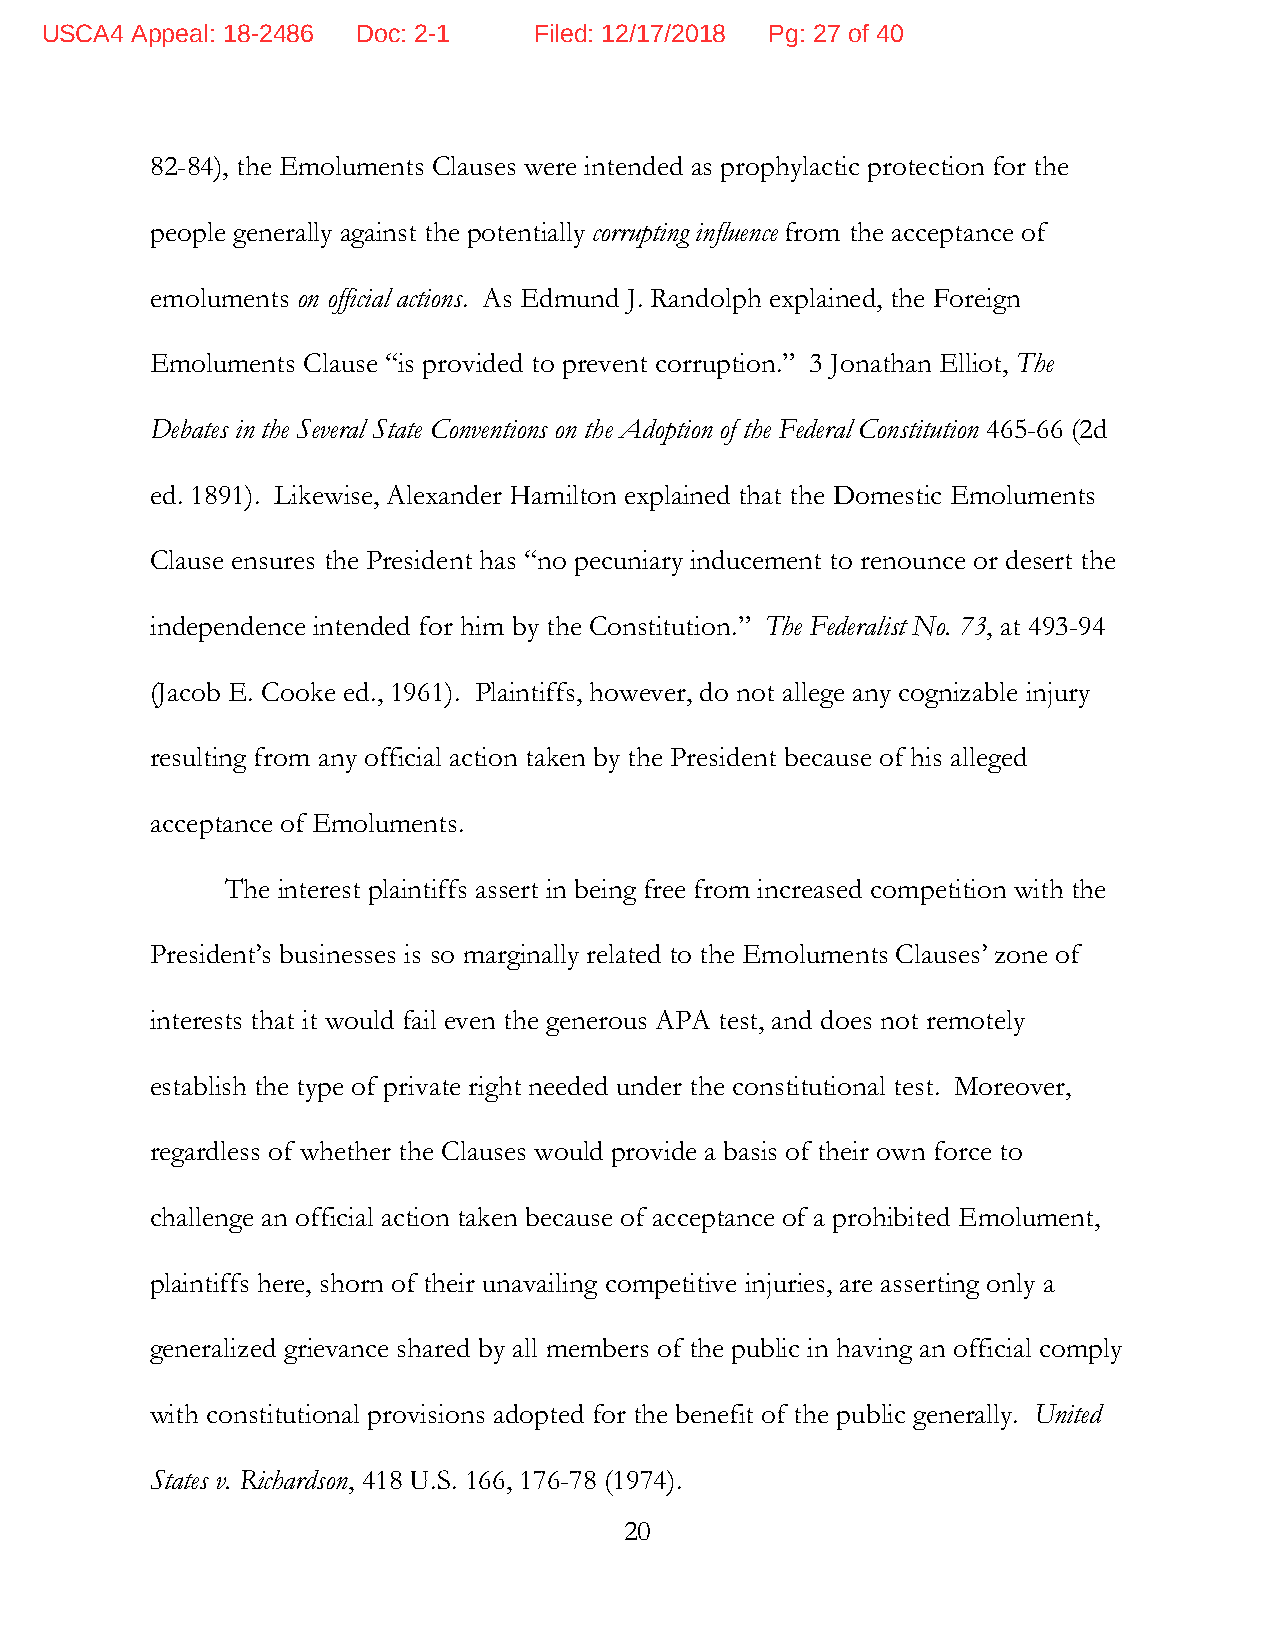
USCA4 Appeal: 18-2486 Doc: 2-1  Filed: 12/17/2018 Pg: 27 of 40
 82-84), the Emoluments Clauses were intended as prophylactic protection for the
 people generally against the potentially corrupting influence from the acceptance of
 emoluments on official actions. As Edmund J. Randolph explained, the Foreign
 Emoluments Clause “is provided to prevent corruption.” 3 Jonathan Elliot, The
 Debates in the Several State Conventions on the Adoption of the Federal Constitution 465-66 (2d
 ed. 1891). Likewise, Alexander Hamilton explained that the Domestic Emoluments
 Clause ensures the President has “no pecuniary inducement to renounce or desert the
 independence intended for him by the Constitution.” The Federalist No. 73, at 493-94
 (Jacob E. Cooke ed., 1961). Plaintiffs, however, do not allege any cognizable injury
 resulting from any official action taken by the President because of his alleged
 acceptance of Emoluments.
 The interest plaintiffs assert in being free from increased competition with the
 President’s businesses is so marginally related to the Emoluments Clauses’ zone of
 interests that it would fail even the generous APA test, and does not remotely
 establish the type of private right needed under the constitutional test. Moreover,
 regardless of whether the Clauses would provide a basis of their own force to
 challenge an official action taken because of acceptance of a prohibited Emolument,
 plaintiffs here, shorn of their unavailing competitive injuries, are asserting only a
 generalized grievance shared by all members of the public in having an official comply
 with constitutional provisions adopted for the benefit of the public generally. United
 States v. Richardson, 418 U.S. 166, 176-78 (1974).
 20